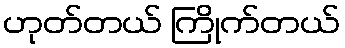
ဟုတ်တယ် ကြိုက်တယ်